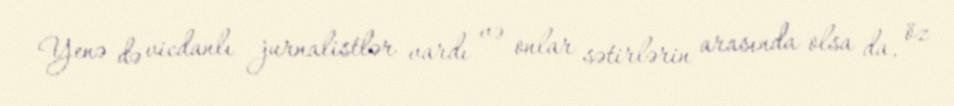
Yenə də vicdanlı jurnalistlər vardı və onlar sətirlərin arasında olsa da, öz